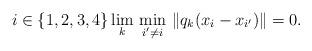
LaTeX: \begin{align*} i \in \{1, 2, 3, 4\} \lim_k \, \min_{i' \neq i} \, \|q_k (x_i - x_{i'})\| = 0. \end{align*}